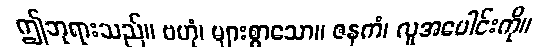
ဤဘုရားသည်။ ဗဟုံ၊ များစွာသော။ ဇနကံ၊ လူအပေါင်းကို။